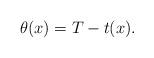
LaTeX: \begin{align*}\theta(x) = T - t(x).\end{align*}